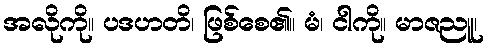
အလိုကို။ ပဒဟတိ၊ ဖြစ်စေ၏။ မံ၊ ငါကို။ မာဇညူ၊